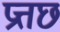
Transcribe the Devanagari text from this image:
प्रत्तछ